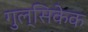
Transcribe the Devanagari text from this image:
गुल्सिकेक